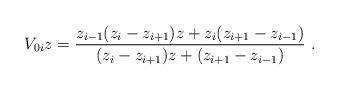
LaTeX: \begin{align*}V_{0i}z=\frac{z_{i-1}(z_i-z_{i+1})z+z_i(z_{i+1}-z_{i-1})}{(z_i-z_{i+1})z+(z_{i+1}-z_{i-1})}\ .\end{align*}